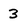
Character: 3